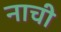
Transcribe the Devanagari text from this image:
नाची